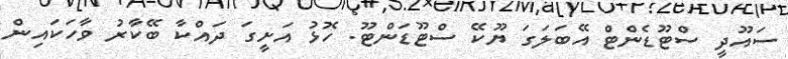
ސައޫދީ ސްޓޫޑެންޓް އޭބަލަގަ ޔޫކޭ ސްޓޫޑަންޓޫ. ހޮޅު އަށީގަ ދައްކާ ބޭކާރު ވާހަކައިން